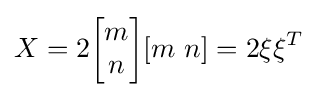
X=2{\begin{bmatrix}m\\n\end{bmatrix}}[m\ n]=2\xi \xi ^{T}